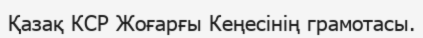
Қазақ КСР Жоғарғы Кеңесінің грамотасы.